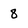
Character: 8